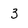
Character: 3